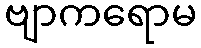
ဗျာကရောမ